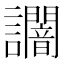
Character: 𧮍